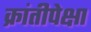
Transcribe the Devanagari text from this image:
क्रांतीपेक्षा